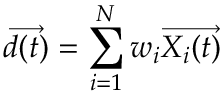
\overrightarrow { d ( t ) } = \sum _ { i = 1 } ^ { N } w _ { i } \overrightarrow { X _ { i } ( t ) }